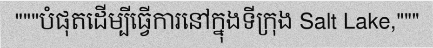
"""បំផុតដើម្បីធ្វើការនៅក្នុងទីក្រុង Salt Lake,"""